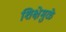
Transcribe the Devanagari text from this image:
शिक्षेमुळे